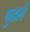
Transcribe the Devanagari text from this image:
पुढले